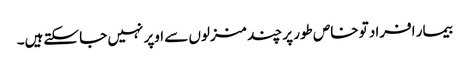
بیمار افراد تو خاص طور پر چند منزلوں سے اوپر نہیں جا سکتےہیں۔